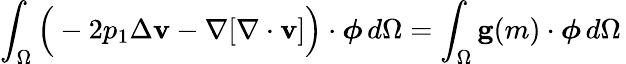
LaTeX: \int_{\Omega}\Big(-2p_{1}\Delta\mathbf{v}-\nabla[\nabla\cdot\mathbf{v}]\Big)\cdot\boldsymbol{\phi}\, d\Omega=\int_{\Omega}\mathbf{g}(m)\cdot\boldsymbol{\phi}\, d\Omega\,